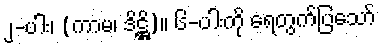
၂-ပါး၊ (ကာမ၊ ဒိဋ္ဌိ)။ ၆-ပါးကို ရေတွက်ပြသော်